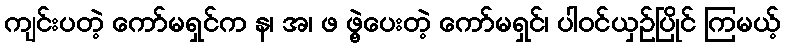
ကျင်းပတဲ့ ကော်မရှင်က န၊ အ၊ ဖ ဖွဲ့ပေးတဲ့ ကော်မရှင်၊ ပါဝင်ယှဉ်ပြိုင် ကြမယ့်